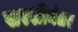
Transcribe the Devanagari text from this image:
सरशीनंतर